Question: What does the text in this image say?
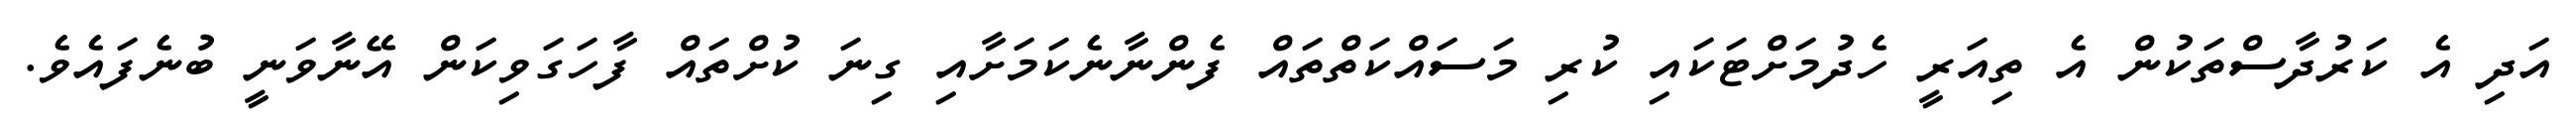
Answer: އަދި އެ ކަރުދާސްތަކުން އެ ތިއަރީ ހެދުމަށްޓަކައި ކުރި މަސައްކަތްތައް ފެންނާނެކަމަށާއި ގިނަ ކުށްތައް ފާހަގަވިކަން އޭނާވަނީ ބުނެފައެވެ.